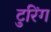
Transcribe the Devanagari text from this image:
टुरिंग